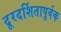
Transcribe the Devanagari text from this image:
दूरदर्शितापूर्वक